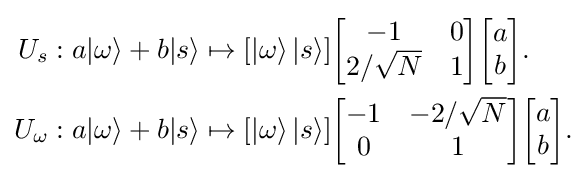
{\begin{aligned}U_{s}:a|\omega \rangle +b|s\rangle &\mapsto [|\omega \rangle \,|s\rangle ]{\begin{bmatrix}-1&0\\2/{\sqrt {N}}&1\end{bmatrix}}{\begin{bmatrix}a\\b\end{bmatrix}}.\\U_{\omega }:a|\omega \rangle +b|s\rangle &\mapsto [|\omega \rangle \,|s\rangle ]{\begin{bmatrix}-1&-2/{\sqrt {N}}\\0&1\end{bmatrix}}{\begin{bmatrix}a\\b\end{bmatrix}}.\end{aligned}}